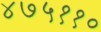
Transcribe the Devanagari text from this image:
४७५११०